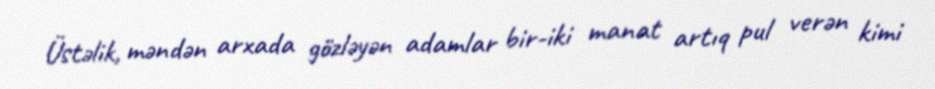
Üstəlik, məndən arxada gözləyən adamlar bir-iki manat artıq pul verən kimi